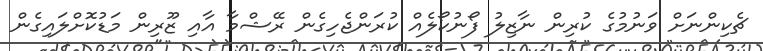
ޗެކިންނަށް ވަނުމުގެ ކުރިން ނާޒިލު ފޯނުކޯލެއް ކުރަންޖެހިގެން ރޭޝްމާ އާއި ޒޫރިން މަޑުކޮށްލައިގެން